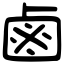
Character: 鹵